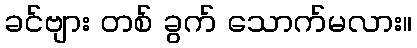
ခင်ဗျား တစ် ခွက် သောက်မလား။